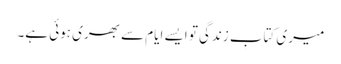
میری کتابِ زندگی تو ایسے ایام سے بھری ہوئی ہے۔